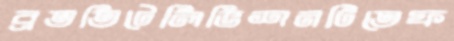
ব্রততিটেলিভিশনটিতেফ